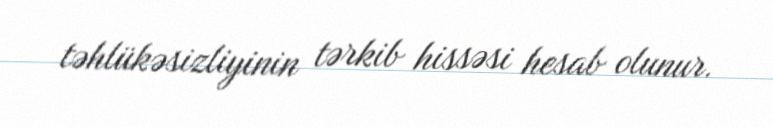
təhlükəsizliyinin tərkib hissəsi hesab olunur.